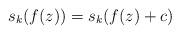
LaTeX: \begin{align*}s_k(f(z))=s_k(f(z)+c)\end{align*}